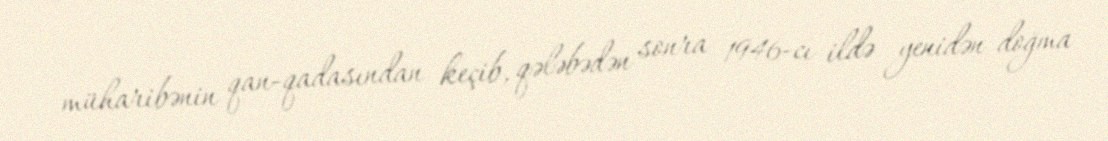
müharibənin qan-qadasından keçib, qələbədən sonra 1946-cı ildə yenidən doğma